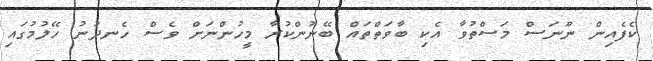
ކެފެއިން ނޫނަސް މަސްތުވާ އެކި ބާވަތްތައް ބޭނުންކުރާ މީހުންނަށް ވެސް ހެނދުނު ހޭލުމުގައި